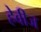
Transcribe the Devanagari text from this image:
हेवीज